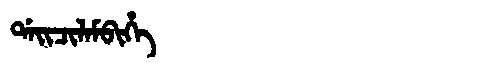
Manchu: ᡩᠠᡳᠴᡳᠯᠠᠮᠪᡳᡥᡝ
Romanization: DAICILAMBIHE